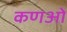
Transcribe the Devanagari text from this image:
कणओ